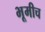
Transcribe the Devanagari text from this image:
भूमीच